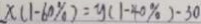
x ( 1 - 6 0 \% ) = y ( 1 - 4 0 \% ) - 3 0